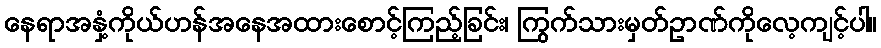
နေရာအနှံ့ကိုယ်ဟန်အနေအထားစောင့်ကြည့်ခြင်း၊ ကြွက်သားမှတ်ဥာဏ်ကိုလေ့ကျင့်ပါ။